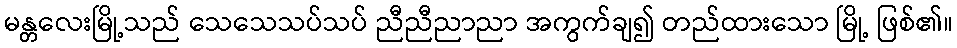
မန္တလေးမြို့သည် သေသေသပ်သပ် ညီညီညာညာ အကွက်ချ၍ တည်ထားသော မြို့ ဖြစ်၏။